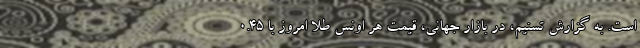
است. به گزارش تسنیم، در بازار جهانی، قیمت هر اونس طلا امروز با 0.45